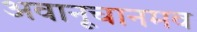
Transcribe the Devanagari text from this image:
अवानूचानमव